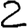
Digit: 2